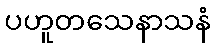
ပဟူတသေနာသနံ